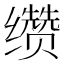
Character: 缵